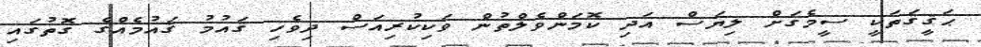
ޙަޤީޤަތަކީ ސީމެގަށް ލިޔަސް އަދި ކޮމަންވެލްތުން ވަކިކުރިއަސް ދިވެހި ޤައުމު ޤައުމެއްގެ ގޮތުގައި